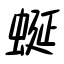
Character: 蜒